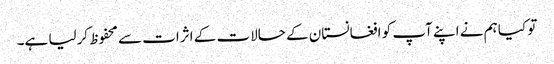
تو کیا ہم نے اپنے آپ کو افغانستان کے حالات کے اثرات سے محفوظ کرلیا ہے۔